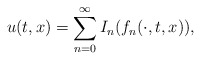
\begin{align*} u(t,x)=\sum_{n=0}^\infty I_n(f_n(\cdot, t,x)),\end{align*}